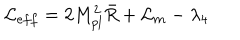
{ \cal L } _ { e f f } = 2 M _ { p l } ^ { 2 } \bar { R } + { \cal L } _ { m } - \lambda _ { 4 }